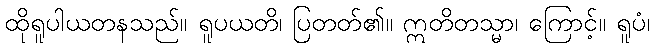
ထိုရူပါယတနသည်။ ရူပယတိ၊ ပြတတ်၏။ ဣတိတသ္မာ၊ ကြောင့်။ ရူပံ၊